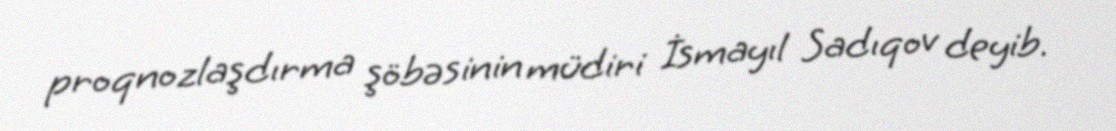
proqnozlaşdırma şöbəsinin müdiri İsmayıl Sadıqov deyib.